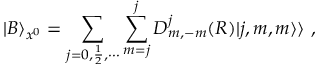
| B \rangle _ { x ^ { 0 } } = \sum _ { j = 0 , \frac { 1 } { 2 } , \cdots } \sum _ { m = j } ^ { j } D _ { m , - m } ^ { j } ( { \cal R } ) | j , m , m \rangle \rangle ~ ,